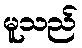
မူသည်